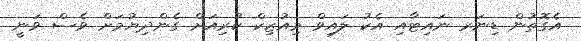
އެގޮތުން ޑިނަރ ނައިޓާއި އެކު ލައިވް މިއުޒިކް ކުރިއަށް ގެންދިޔުމަށް ވެސް ވަނީ